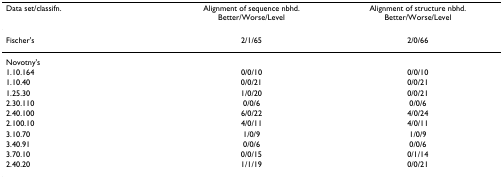
| Data set/classifn. | Alignment of sequence nbhd.Better/Worse/Level | Alignment of structure nbhd.Better/Worse/Level |
 | --- | --- | --- |
 | Fischer's | 2/1/65 | 2/0/66 |
 | Novotny's |  |  |
 | 1.10.164 | 0/0/10 | 0/0/10 |
 | 1.10.40 | 0/0/21 | 0/0/21 |
 | 1.25.30 | 1/0/20 | 0/0/21 |
 | 2.30.110 | 0/0/6 | 0/0/6 |
 | 2.40.100 | 6/0/22 | 4/0/24 |
 | 2.100.10 | 4/0/11 | 4/0/11 |
 | 3.10.70 | 1/0/9 | 1/0/9 |
 | 3.40.91 | 0/0/6 | 0/0/6 |
 | 3.70.10 | 0/0/15 | 0/1/14 |
 | 2.40.20 | 1/1/19 | 0/0/21 |